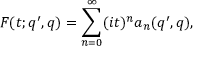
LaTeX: F ( t ; q ^ { \prime } , q ) = \sum _ { n = 0 } ^ { \infty } ( i t ) ^ { n } a _ { n } ( q ^ { \prime } , q ) ,